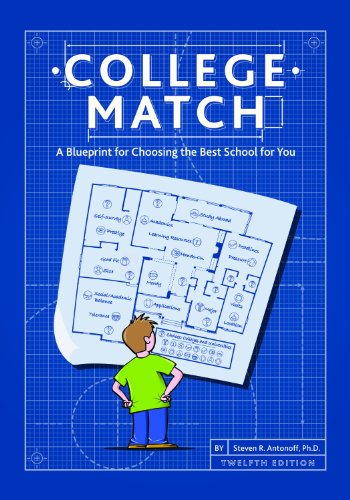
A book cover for College Match: A Blueprint for Choosing the Best School for You, 12th Edition; Dr. Steven R. Antonoff; Test Preparation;